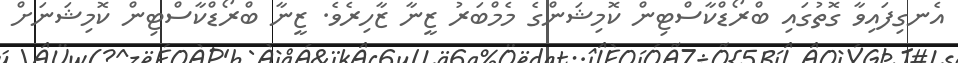
އެނގިފައިވާ ގޮތުގައި ބްރޯޑްކާސްޓިން ކޮމިޝަންގެ މެމްބަރު ޒީނާ ޒާހިރެވެ. ޒީނާ ބްރޯޑްކާސްޓިން ކޮމިޝަނަށް